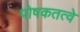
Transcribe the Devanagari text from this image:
पोषकतत्वे